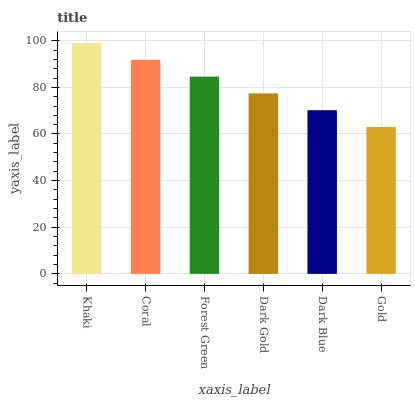
| xaxis_label | bars |
 | --- | --- |
 | Khaki | 99 |
 | Coral | 91.8 |
 | Forest Green | 84.6 |
 | Dark Gold | 77.4 |
 | Dark Blue | 70.2 |
 | Gold | 63 |